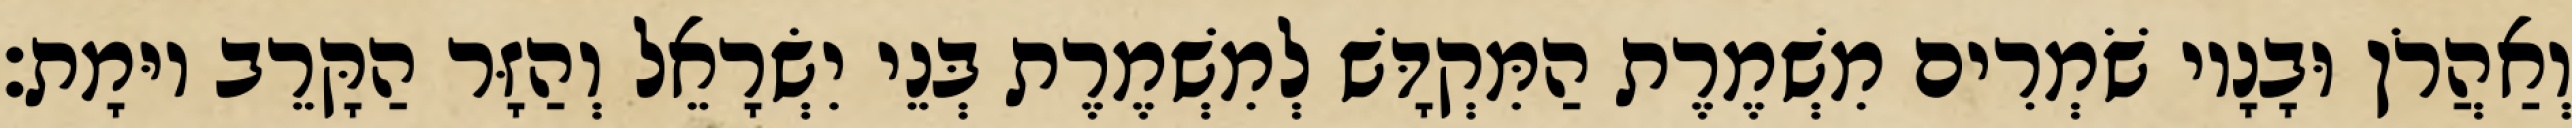
וְאַהֲרֹן וּבָנָיו שֹׁמְרִים מִשְׁמֶרֶת הַמִּקְדָּשׁ לְמִשְׁמֶרֶת בְּנֵי יִשְׂרָאֵל וְהַזָּר הַקָּרֵב יוּמָת׃